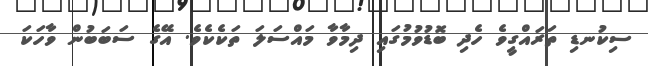
ސިކުނޑި ތަރައްގީވެ ހެދި ބޮޑުވުމުގައި ދިމާވާ މައްސަލަ ތަކެކެވެ. އޭގެ ސަބަބުން ވާހަކަ